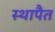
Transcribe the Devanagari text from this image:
स्थापैत